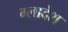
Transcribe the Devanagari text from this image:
ग्लादेश